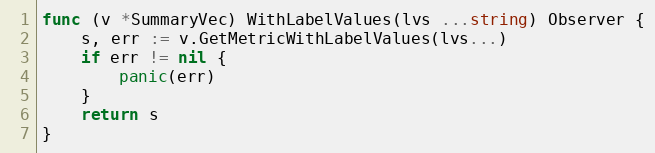
Language: Go
func (v *SummaryVec) WithLabelValues(lvs ...string) Observer {
	s, err := v.GetMetricWithLabelValues(lvs...)
	if err != nil {
		panic(err)
	}
	return s
}